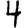
Digit: 4